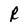
Character: R